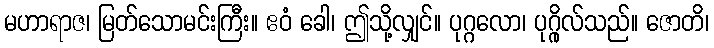
မဟာရာဇ၊ မြတ်သောမင်းကြီး။ ဧဝံ ခေါ၊ ဤသို့လျှင်။ ပုဂ္ဂလော၊ ပုဂ္ဂိုလ်သည်။ ဇောတိ၊